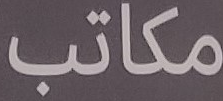
مكاتب